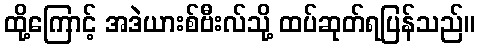
ထို့ကြောင့် အဒဲယားစ်ဗီးလ်သို့ ထပ်ဆုတ်ရပြန်သည်။